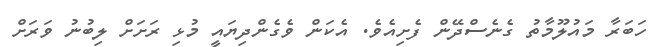
ހަބަރާ މައުލޫމާތު ގެނެސްދޭން ފެށިއެވެ. އެކަން ވެގެންދިޔައީ މުޅި ރަށަށް ލިބުނު ވަރަށް